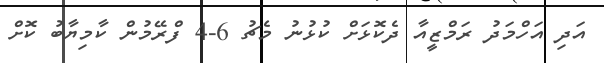
އަދި އަހްމަދު ރަމްޒީއާ ދެކޮޅަށް ކުޅުނު މެޗު 6-4 ފްރޭމުން ކާމިޔާބު ކޮށް